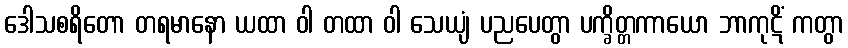
ဒေါသစရိတော တရမာနော ယထာ ဝါ တထာ ဝါ သေယျံ ပညပေတွာ ပက္ခိတ္တကာယော ဘာကုဋိံ ကတွာ